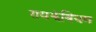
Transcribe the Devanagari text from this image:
रायझेबियम